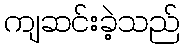
ကျဆင်းခဲ့သည်